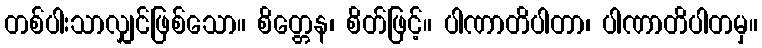
တစ်ပါးသာလျှင်ဖြစ်သော။ စိတ္တေန၊ စိတ်ဖြင့်။ ပါဏာတိပါတာ၊ ပါဏာတိပါတမှ။